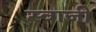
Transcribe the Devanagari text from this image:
स्वाजी